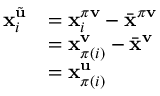
\begin{array} { r l } { \mathbf { x } _ { i } ^ { \tilde { \mathbf { u } } } } & { = \mathbf { x } _ { i } ^ { \pi \mathbf { v } } - \bar { \mathbf { x } } ^ { \pi \mathbf { v } } } \\ & { = \mathbf { x } _ { \pi ( i ) } ^ { \mathbf { v } } - \bar { \mathbf { x } } ^ { \mathbf { v } } } \\ & { = \mathbf { x } _ { \pi ( i ) } ^ { \mathbf { u } } } \end{array}